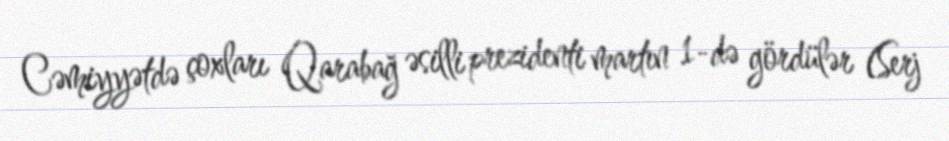
Cəmiyyətdə çoxları Qarabağ əsilli prezidenti martın 1-də gördülər (Serj